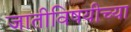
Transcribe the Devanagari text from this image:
जातीविषयीच्या